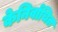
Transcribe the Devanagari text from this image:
केनिर्वाचित